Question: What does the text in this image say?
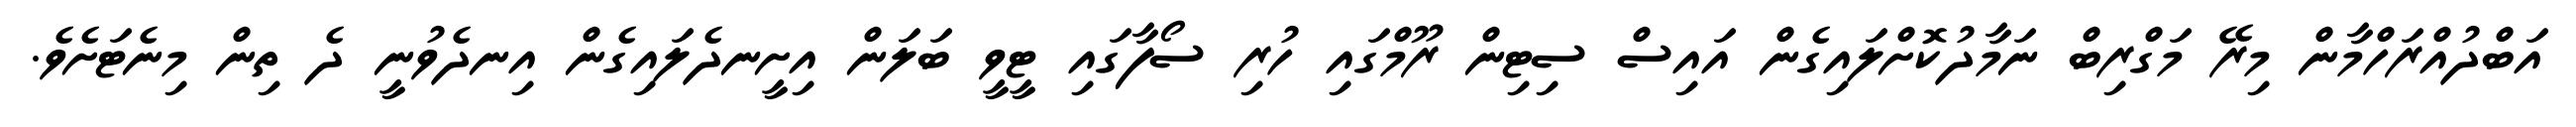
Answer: އަބްދުއްރަހްމާން މިރޭ މަގްރިބް ނަމާދުކޮށްލައިގެން އައިސް ސިޓިން ރޫމްގައި ހުރި ސޯފާގައި ޓީވީ ބަލަން އިށީނދެލައިގެން އިނދެވުނީ ދެ ތިން މިނެޓަށެވެ.